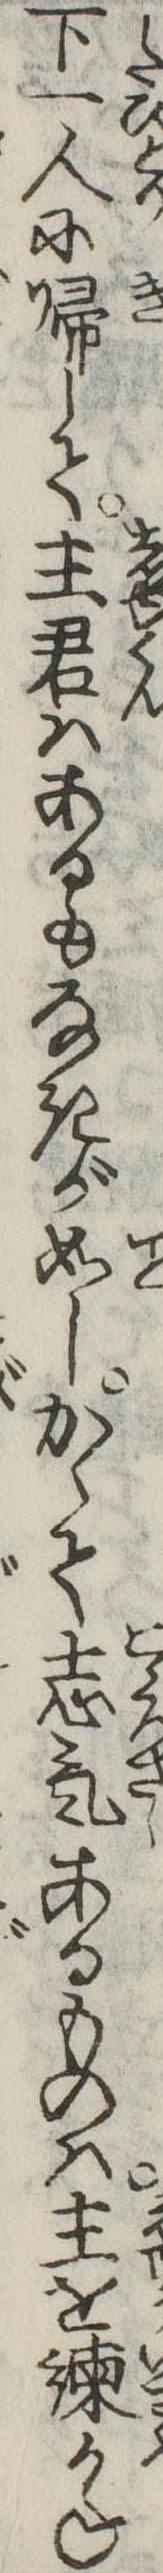
下一人に帰して主君はあるもなきが如しかくて志気あるものは主を諌かね